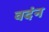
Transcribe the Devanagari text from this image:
वदंन